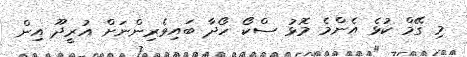
މި ގޭމް ކުޅެ އެންމެ މޮޅު ސްކޯ ހޯދާ ބައިވެރިންނަށް އުރީދޫ އިން